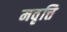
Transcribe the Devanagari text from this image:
मवृत्ति